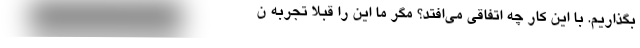
بگذاریم. با این کار چه اتفاقی می‌افتد؟ مگر ما این را قبلا تجربه ن